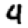
Digit: 4